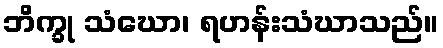
ဘိက္ခု သံဃော၊ ရဟန်းသံဃာသည်။